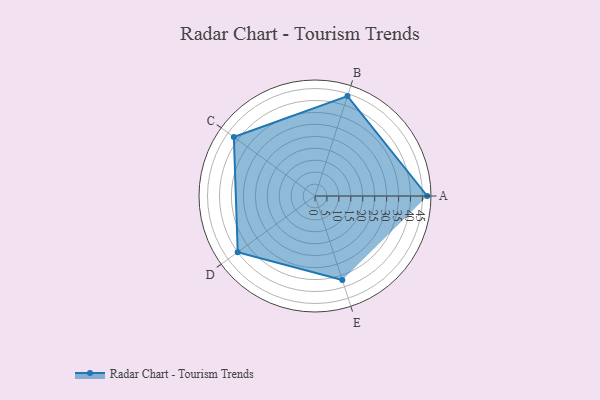
{"axis": {"x": "Skill", "y": "Score"}, "legend": ["Profile"], "data": [{"x": "A", "y": 47.0, "type": "Profile"}, {"x": "B", "y": 44.0, "type": "Profile"}, {"x": "C", "y": 42.0, "type": "Profile"}, {"x": "D", "y": 40.0, "type": "Profile"}, {"x": "E", "y": 37.0, "type": "Profile"}]}